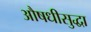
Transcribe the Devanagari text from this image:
औषधीसुद्धा